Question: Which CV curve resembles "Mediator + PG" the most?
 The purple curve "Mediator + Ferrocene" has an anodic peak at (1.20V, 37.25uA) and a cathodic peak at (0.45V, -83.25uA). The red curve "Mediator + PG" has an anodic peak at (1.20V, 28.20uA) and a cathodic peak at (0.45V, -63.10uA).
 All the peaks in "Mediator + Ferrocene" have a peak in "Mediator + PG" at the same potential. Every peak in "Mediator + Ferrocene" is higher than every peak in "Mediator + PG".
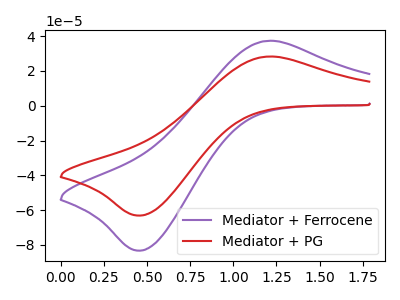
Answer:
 <answer>The CV with the most similar shape to "Mediator + Ferrocene" is "Mediator + PG".</answer>
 <eval>"Mediator + PG"</eval>